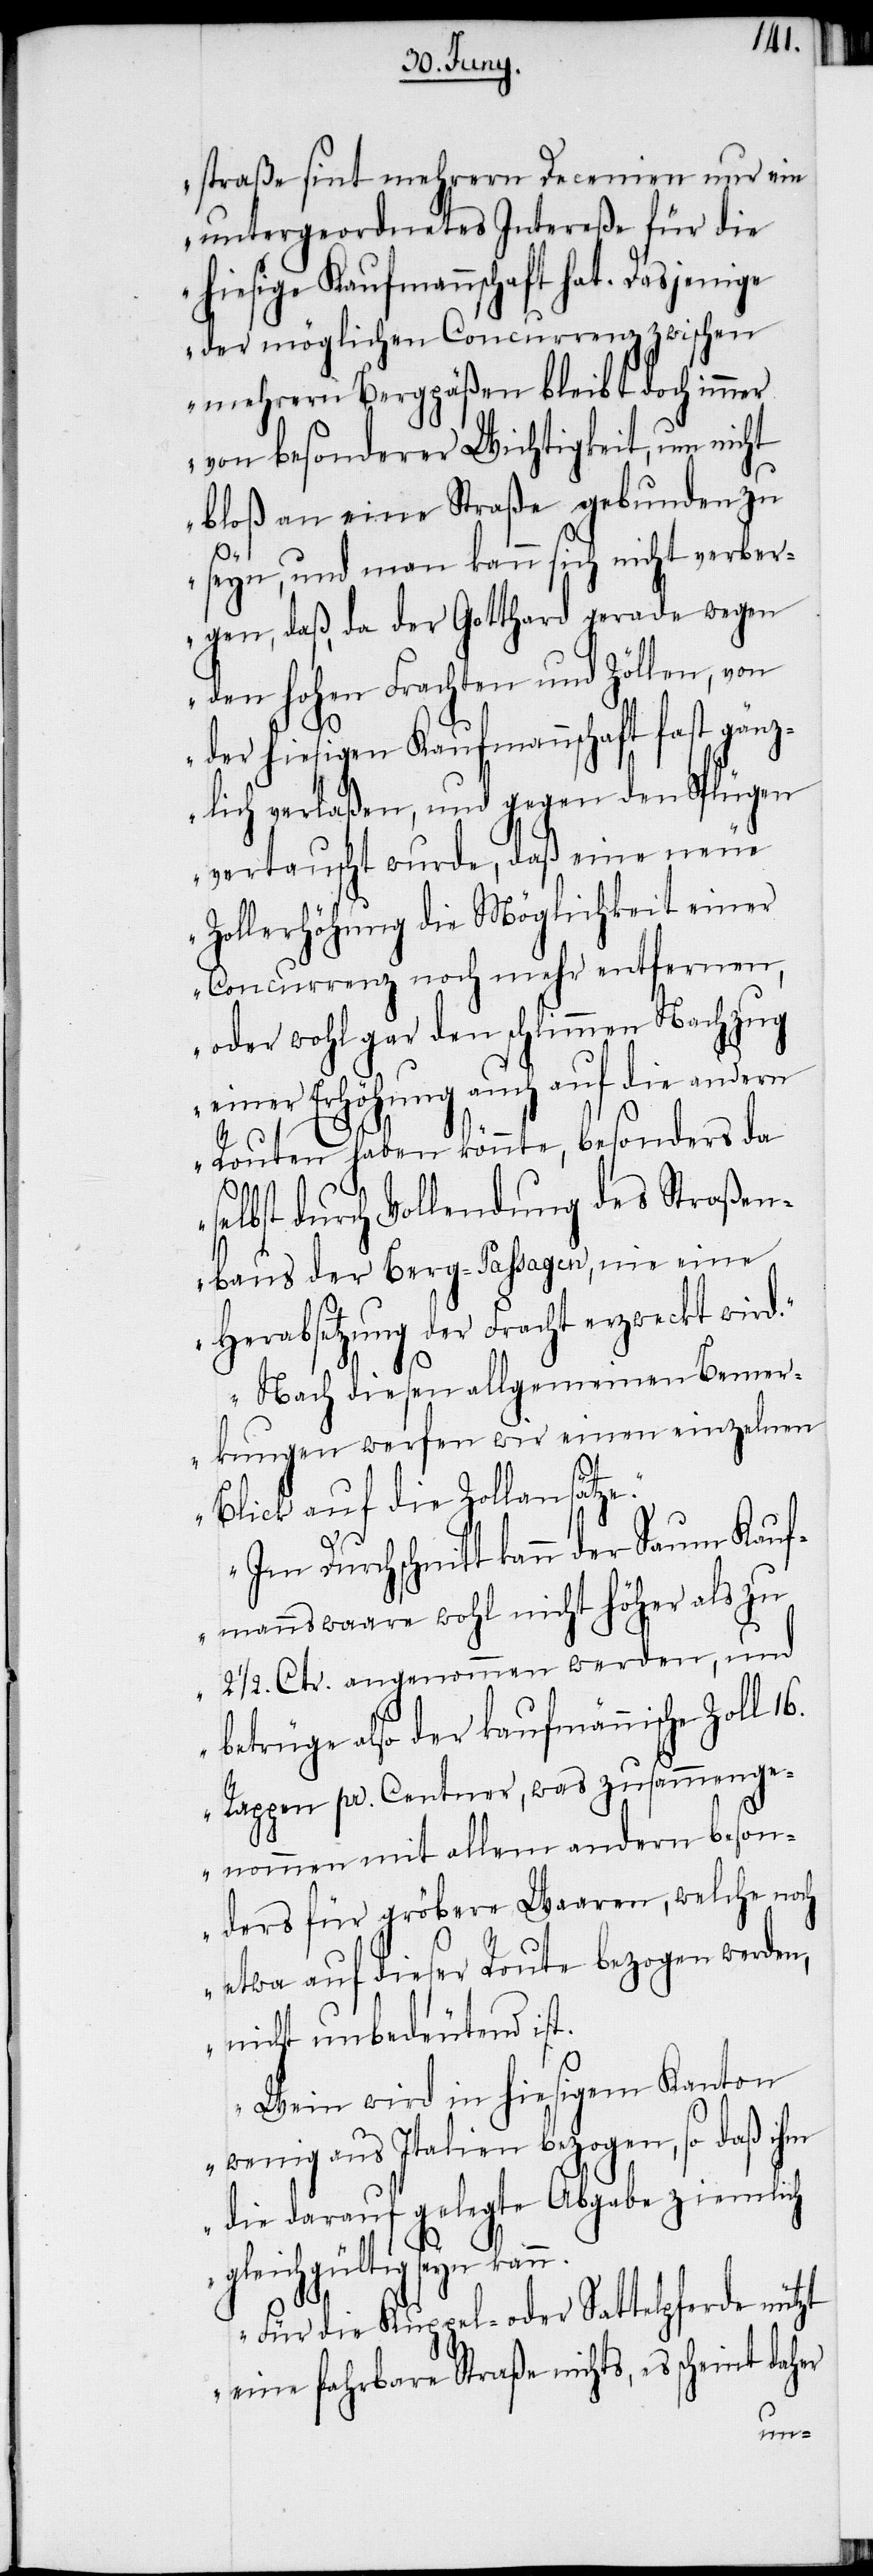
straße sint mehrern Decenien nur ein
untergeordnetes Intereße für die
hiesige Kaufmannschaft hat. Dasjenige
der möglichen Concurrenz zwischen
mehrern Bergpäßen bleibt doch immer
von besonderer Wichtigkeit, um nicht
bloß an eine Straße gebunden zu
seyn, und man kann sich nicht verber¬
gen, daß, da der Gotthard gerade wegen
den hohen Frachten und Zöllen, von
der hiesigen Kaufmannschaft fast gänz¬
lich verlaßen, und gegen den Splügen
vertuscht wurde, daß eine neue
Zollerhöhung die Möglichkeit einer
Concurrenz noch mehr entfernen,
oder wohl gar den schlimmen Nachzug
einer Erhöhung auch auf die andern
Routen haben könnte, besonders da
e.“
selbst durch Vollendung des Straßen¬
baus der Berg-Passagen, nie eine
Herabsetzung der Fracht erzweckt wird.“
„Nach diesen allgemeinen Bemer¬
kungen werfen wir einen einzelnen
Blick auf die Zollansätz¬
„Im Durchschnitt kann der Saum Kauf¬
mannswaare wohl nicht höher als zu
2 ½. Ctr. angenommen werden, und
betrüge also der kaufmännische Zoll
Rappen pr. Centner, was zusammenge¬
nommen mit allem andern beson¬
ders für gröbere Waaren, welche noch
etwa auf dieser Route bezogen werden,
nicht unbedeutend ist.
Wein wird in hiesigem Kanton
wenig aus Italien bezogen, so daß ihm
die darauf gelegte Abgabe ziemlich
gleichgültig seyn kan¬
Für die Kuppel- oder Sattelpferde nützt
eine fahrbare Straße nichts, es sche¬
int